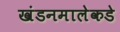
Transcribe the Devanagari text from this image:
खंडनमालेकडे